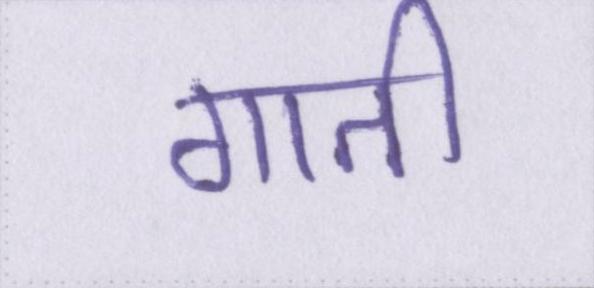
गाती